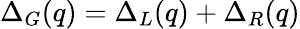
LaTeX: \Delta_{G}(q)=\Delta_{L}(q)+\Delta_{R}(q)